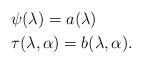
LaTeX: \begin{align*}&\psi(\lambda)=a(\lambda)\\&\tau(\lambda,\alpha)=b(\lambda,\alpha).\end{align*}